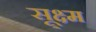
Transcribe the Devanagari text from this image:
सू्क्ष्म